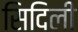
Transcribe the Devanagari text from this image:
सिदिली